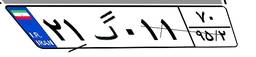
۵۹گ۶۵۲۱۹